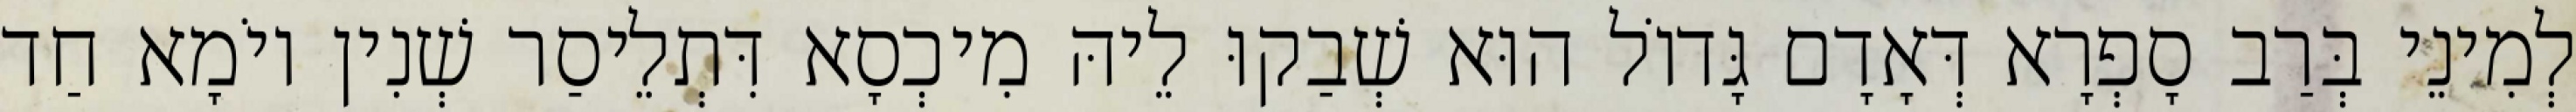
לְמִינֵי בְּרַב סָפְרָא דְּאָדָם גָּדוֹל הוּא שְׁבַקוּ לֵיהּ מִיכְסָא דִּתְלֵיסַר שְׁנִין יוֹמָא חַד